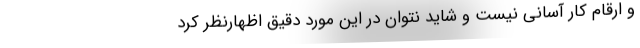
و ارقام کار آسانی نیست و شاید نتوان در این مورد دقیق اظهارنظر کرد